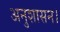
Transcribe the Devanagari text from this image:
अनुशासन।